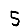
Digit: 5